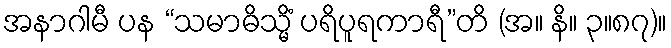
အနာဂါမီ ပန “သမာဓိသ္မိံ ပရိပူရကာရီ”တိ (အ။ နိ။ ၃။၈၇)။